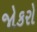
જોકરો